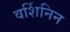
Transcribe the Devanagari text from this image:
वर्शिनिन